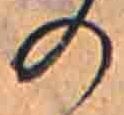
の